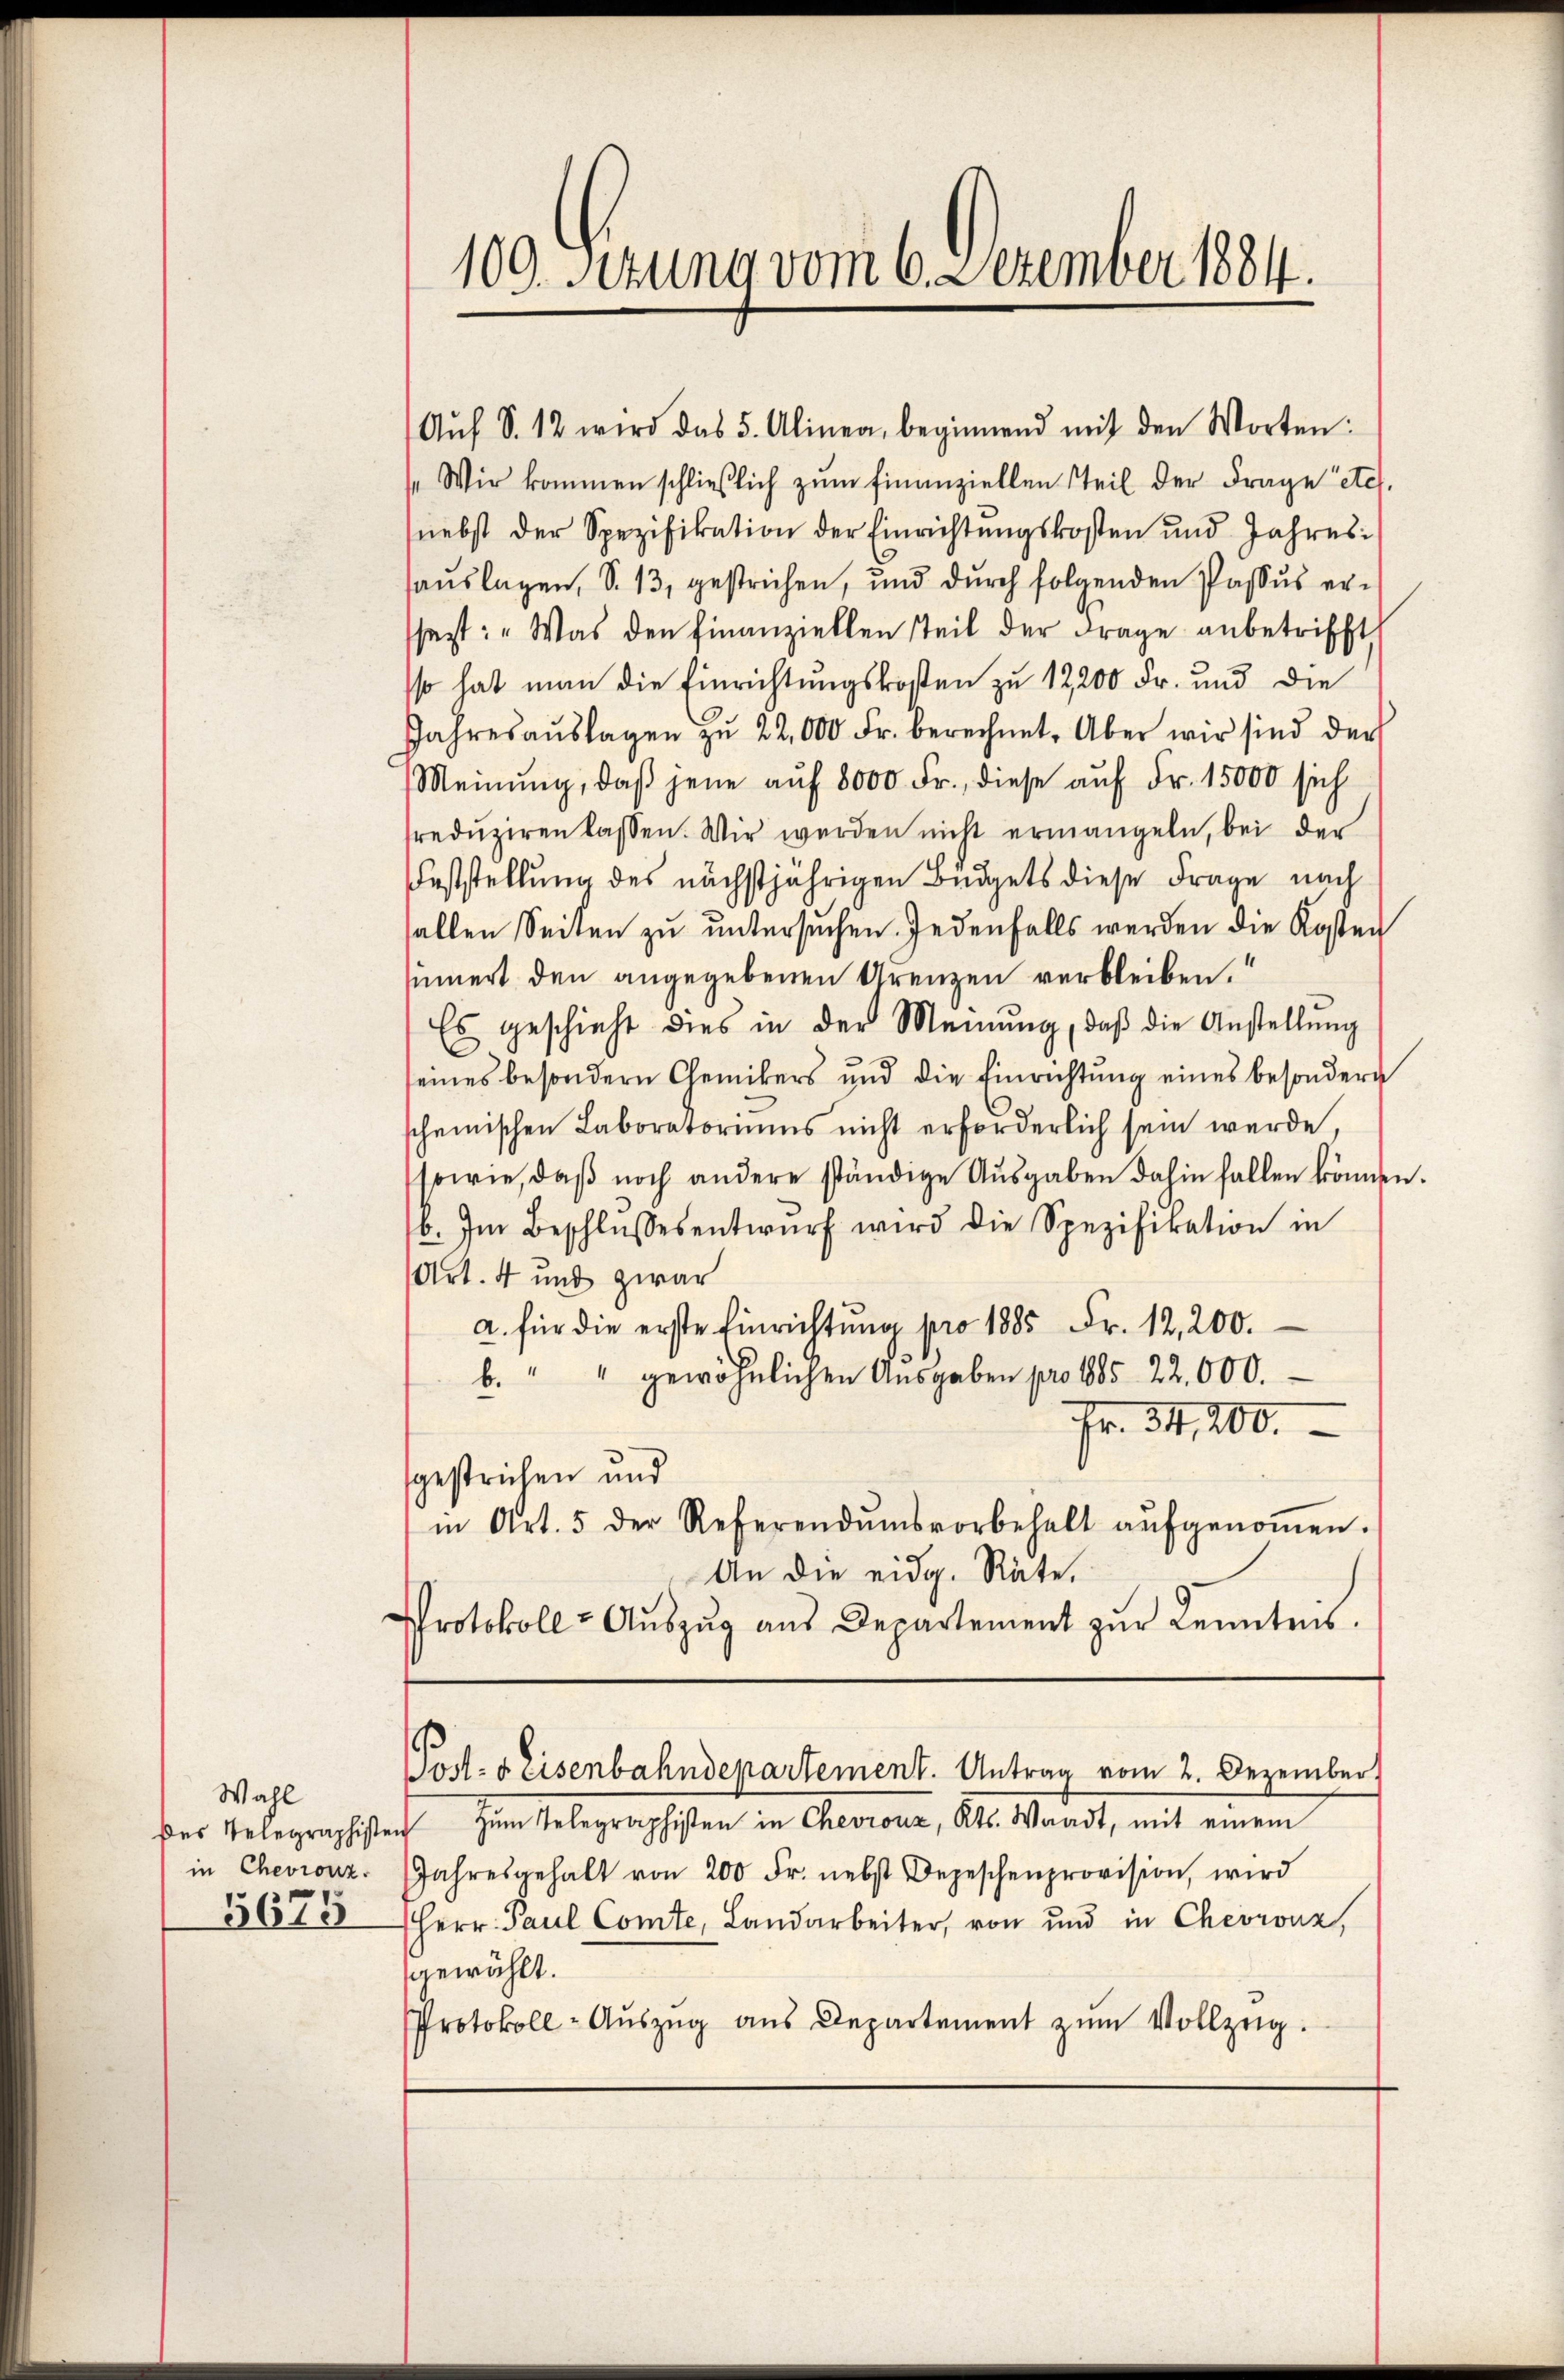
Wahl

109. Serung vom 6. Dezember 1884.

Aŭf S. 12 wird das 5. Alinea, beginnend mit den Worten:
Wir kommen schließlich zum Finanziellen Teil der Frage etc.
(nebst der Spezifikation der Einrichtŭngskosten und Jahres
auslagen, S. 13, gestrichen, und durch folgenden Passus ersfest: „Was den finanziellen Teil der Frage anbetrifft
so hat man die Einrichtungskosten zu 12200 Fr. und die
Jahresaŭslagen zŭ 22,000 Fr. berechnet. Aber wir sind der
Meinŭng, daβ jene auf 8000 Fr., diese auf Fr. 15000 sich
redŭzieren lassen. Wir werden nicht ermangeln, bei der
Feststellung des nächstjährigen Büdgets diese Frage nach
sallen Seiten zu untersuchen. Jedenfalls werden die Kosten
sinnert den angegebenen Grenzen verbleiben.“
Es geschieht dies in der Meinŭng, daβ die Anstellŭng
seines besondern Chemikers und die Einrichtung eines besondern
scheinischen Laboratoriums nicht erforderlich sein werde.
sowie, daβ noch andere ständige Aŭsgaben dahin fallen können.
b. Im Beschlŭssesentwŭrf wird die Spezifikation in
Art. 4 und zwar
a. für die erste Einrichtŭng pro 1885 Fr. 12,200.
b. " " gewöhnlichen Aŭsgaben pro 1885 22,000.
Fr. 34, 200.
gestrichen und
in Art. 5 der Referendumsvorbehalt aŭfgenoṁen.
An die eidg. Räte,
Protokoll- Aŭszŭg aŭs Departement zŭr Kenntnis.

Post- & Eisenbahndepartement. Antrag vom 2. Dezember

des Telegraphisten zŭm Telegraphisten in Chevrouz, Kts. Waadt, mit einem
in Chevronz. Jahresgehalt von 200 Fr. nebst Depeschenprovision, wird
3673 Herr Paul Comte, Landarbeiter, von und in Chevronz,
gewählt.
Protokoll- Aŭszŭg aŭs Departement zŭm Vollzeig.